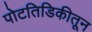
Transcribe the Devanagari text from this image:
पोटतिडिकीतून